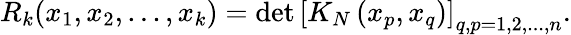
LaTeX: R_{k}(x_{1},x_{2},...,x_{k})=\operatorname*{det}\left[K_{N}\left(x_{p},x_{q}\right)\right]_{q,p=1,2,...,n}.